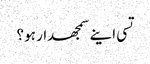
تسی اینے سمجھدار ہو؟